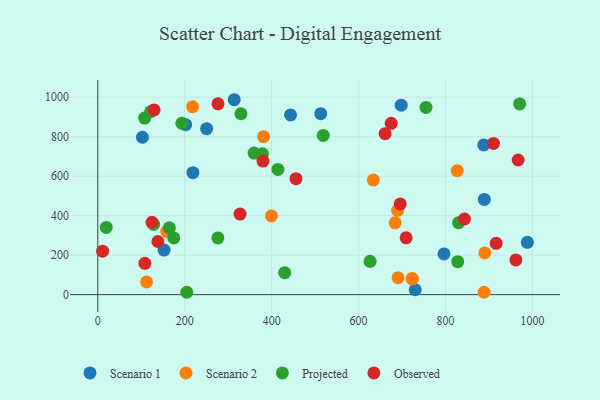
{"axis": {"x": "Price", "y": "Salary"}, "legend": ["Observed", "Projected", "Scenario 1", "Scenario 2"], "data": [{"x": "698.0", "y": 959.7, "type": "Scenario 1"}, {"x": "313.8", "y": 987.4, "type": "Scenario 1"}, {"x": "152.5", "y": 226.0, "type": "Scenario 1"}, {"x": "889.2", "y": 482.3, "type": "Scenario 1"}, {"x": "202.2", "y": 861.0, "type": "Scenario 1"}, {"x": "988.3", "y": 264.9, "type": "Scenario 1"}, {"x": "443.4", "y": 910.3, "type": "Scenario 1"}, {"x": "512.9", "y": 916.9, "type": "Scenario 1"}, {"x": "888.0", "y": 758.6, "type": "Scenario 1"}, {"x": "102.7", "y": 797.2, "type": "Scenario 1"}, {"x": "250.4", "y": 840.5, "type": "Scenario 1"}, {"x": "218.9", "y": 617.9, "type": "Scenario 1"}, {"x": "730.3", "y": 24.8, "type": "Scenario 1"}, {"x": "796.4", "y": 206.1, "type": "Scenario 1"}, {"x": "890.3", "y": 211.5, "type": "Scenario 2"}, {"x": "399.5", "y": 398.7, "type": "Scenario 2"}, {"x": "158.7", "y": 320.9, "type": "Scenario 2"}, {"x": "888.7", "y": 12.0, "type": "Scenario 2"}, {"x": "723.3", "y": 82.3, "type": "Scenario 2"}, {"x": "218.0", "y": 952.3, "type": "Scenario 2"}, {"x": "689.8", "y": 426.9, "type": "Scenario 2"}, {"x": "634.0", "y": 580.2, "type": "Scenario 2"}, {"x": "381.5", "y": 800.3, "type": "Scenario 2"}, {"x": "112.2", "y": 64.5, "type": "Scenario 2"}, {"x": "690.8", "y": 86.0, "type": "Scenario 2"}, {"x": "723.6", "y": 79.0, "type": "Scenario 2"}, {"x": "826.9", "y": 628.2, "type": "Scenario 2"}, {"x": "684.0", "y": 363.9, "type": "Scenario 2"}, {"x": "164.6", "y": 338.4, "type": "Projected"}, {"x": "276.3", "y": 287.5, "type": "Projected"}, {"x": "414.4", "y": 634.3, "type": "Projected"}, {"x": "755.1", "y": 948.4, "type": "Projected"}, {"x": "626.4", "y": 168.7, "type": "Projected"}, {"x": "193.4", "y": 868.2, "type": "Projected"}, {"x": "518.7", "y": 806.7, "type": "Projected"}, {"x": "830.0", "y": 364.8, "type": "Projected"}, {"x": "19.5", "y": 340.3, "type": "Projected"}, {"x": "121.3", "y": 926.5, "type": "Projected"}, {"x": "828.0", "y": 166.8, "type": "Projected"}, {"x": "329.3", "y": 916.4, "type": "Projected"}, {"x": "359.6", "y": 716.9, "type": "Projected"}, {"x": "174.8", "y": 287.1, "type": "Projected"}, {"x": "128.3", "y": 356.1, "type": "Projected"}, {"x": "970.6", "y": 966.3, "type": "Projected"}, {"x": "107.7", "y": 894.2, "type": "Projected"}, {"x": "378.8", "y": 713.6, "type": "Projected"}, {"x": "429.9", "y": 111.3, "type": "Projected"}, {"x": "204.6", "y": 12.1, "type": "Projected"}, {"x": "108.3", "y": 158.7, "type": "Observed"}, {"x": "843.5", "y": 383.3, "type": "Observed"}, {"x": "675.0", "y": 868.0, "type": "Observed"}, {"x": "11.1", "y": 220.2, "type": "Observed"}, {"x": "124.7", "y": 366.8, "type": "Observed"}, {"x": "327.3", "y": 408.0, "type": "Observed"}, {"x": "129.4", "y": 935.7, "type": "Observed"}, {"x": "455.9", "y": 587.5, "type": "Observed"}, {"x": "276.5", "y": 966.5, "type": "Observed"}, {"x": "380.1", "y": 676.4, "type": "Observed"}, {"x": "910.3", "y": 765.9, "type": "Observed"}, {"x": "961.9", "y": 175.8, "type": "Observed"}, {"x": "967.1", "y": 682.1, "type": "Observed"}, {"x": "138.2", "y": 269.1, "type": "Observed"}, {"x": "660.9", "y": 815.2, "type": "Observed"}, {"x": "916.5", "y": 260.1, "type": "Observed"}, {"x": "709.4", "y": 287.6, "type": "Observed"}, {"x": "695.7", "y": 459.5, "type": "Observed"}]}